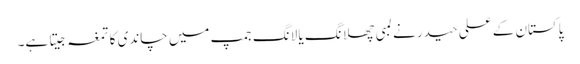
پاکستان کے علی حیدر نے لمبی چھلانگ یا لانگ جمپ میں چاندی کا تمغہ جیتا ہے۔